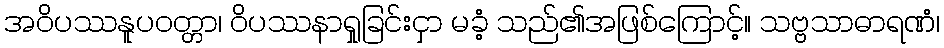
အဝိပဿနူပဝတ္တာ၊ ဝိပဿနာရှုခြင်းငှာ မခံ့ သည်၏အဖြစ်ကြောင့်။ သဗ္ဗသာဓာရဏံ၊